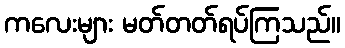
ကလေးများ မတ်တတ်ရပ်ကြသည်။